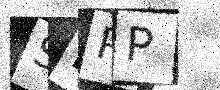
Text: SFPP